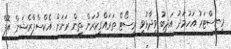
މިނިސްޓަރު އަހުމަދު އަދީބު ވިދާޅުވީ ރިސޯޓް ތަރައްގީކުރަން ތިން ރަށަށް އެކްސްޕްރެޝަން އޮފް